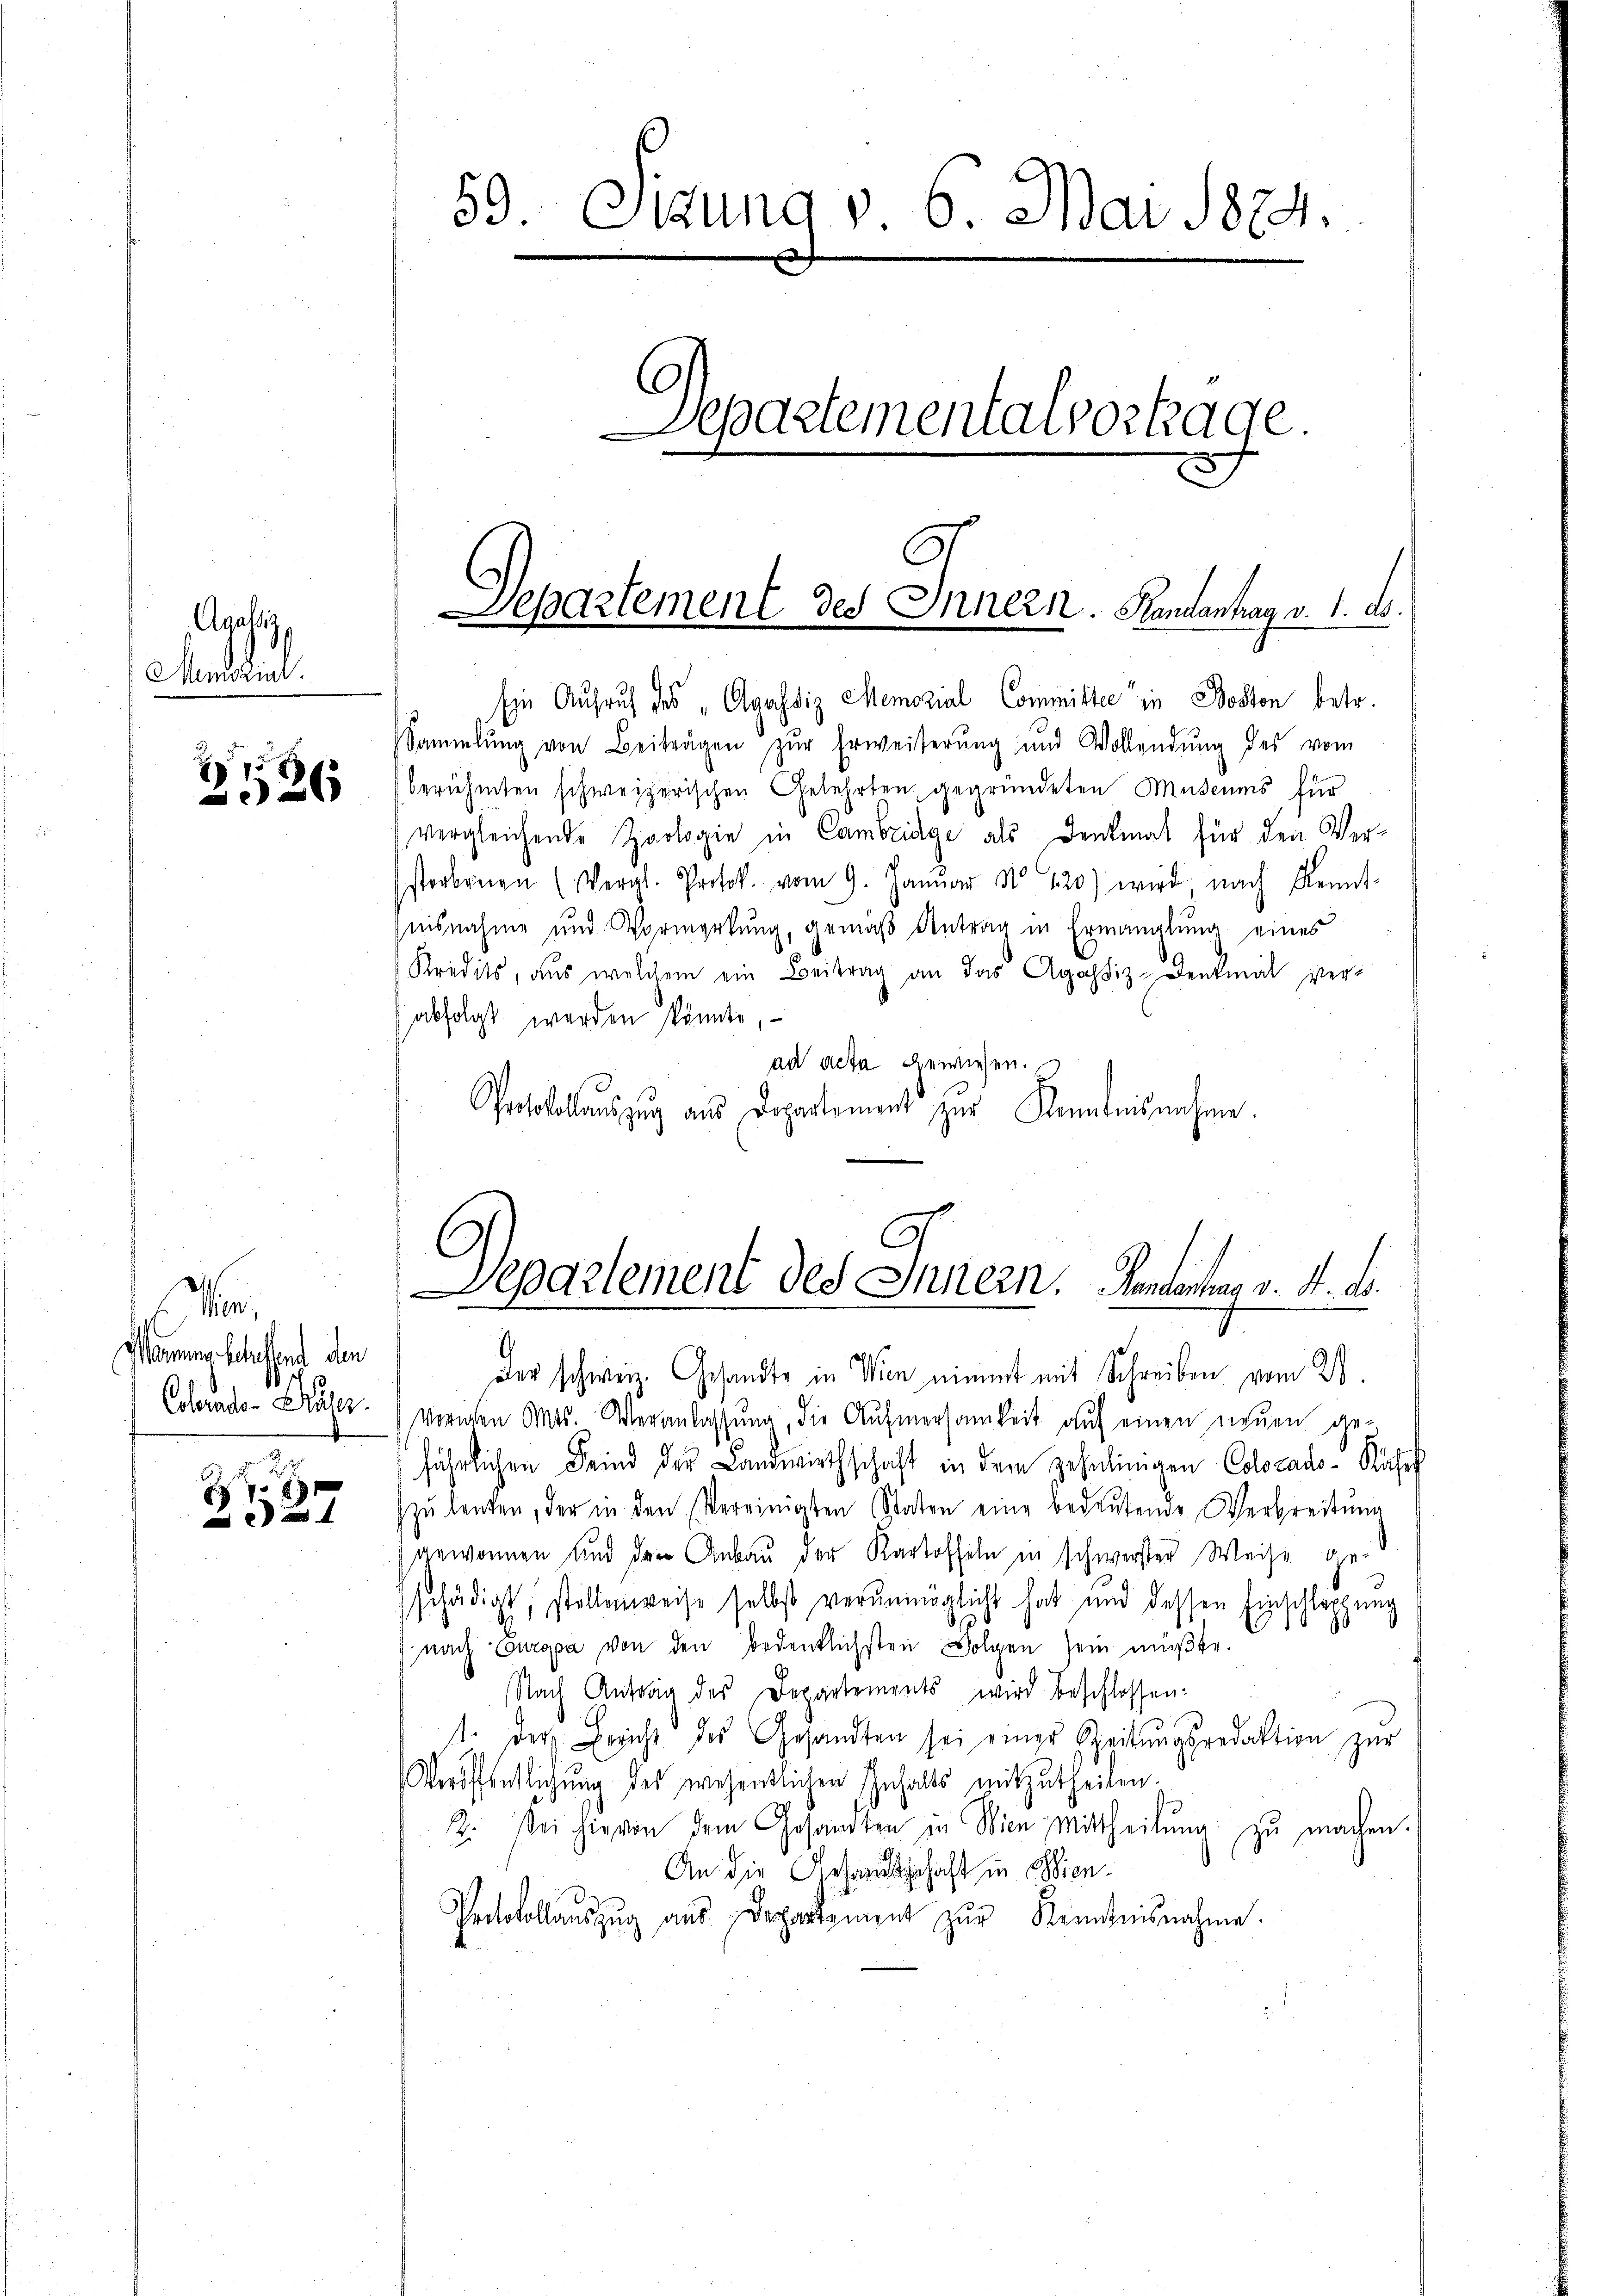
Agassiz
Menszul

g
26

r
ommung schaffend den
Colerado-Präser.

r
78

59. Sizung v. 6. Mai 1874
Separtementawortage.

Departement des Innern. Randantrag v. 1. A.

Ein Aufruf des „Agassiz Memorial Committe in Boston betr.
Sammlung von Beiträgen zŭr Erweiterŭng und Wollendŭng des vom
berühmten schweizerischen Gelehrten gegründeten Museums für
vergleichende Zoologie in Cambridge als Denkmal für den Verstorbenen (Vergl. Protok. vom 9. Januar No 120) wird, nach Kennt-
isnahme und Vormerkung, gemäß Antrag in Ermanglung eines
Kredits, aus welchem ein Beitrag an das Agassiz-Denkmal ver-
abfolgt werden könnte,
ad acta gewiesen.
Protokollauszug aus Departement zur Kenntnisnahme.

9
Departement des Innern. Handentrag v. 4. ds.

Der schweiz. Gesandte in Wien nimmt mit Schreiben vom 21
Vorchen Orts. Veranlassŭng, die Aufmersamkeit auf einen neuen ge-
fährlichen Feind der Landwirthschaft in dem Zehnlinigen Colorado-Kähes
zŭ langen, der in den Vereinigten Staten eine bedeŭtende Verbreitŭng
gewonnen und der Anbau der Kartoffeln in schwerster Weise geschädigt, stellenweise selbst verunmöglicht hat und dessen Einschleppung
nach Europa von den bedenklichsten Folgen sein müβte.
Nach Antrag des Departements wird beschlossen:
t. der Bericht des Gesandten sei einer Zeitungsredaktion zur
Veröffentlichung des wesentlichen Inhalts mitzutheilen.
2. Sei hievon dem Gesandten in Wien Mittheilŭng zŭ machen.
An die Gesandtschaft in Wien¬
Protokollauszug aus Departement zŭr Kenntnisnahme.